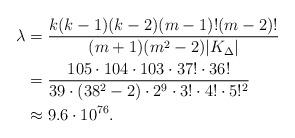
LaTeX: \begin{align*}\lambda&=\frac{k(k-1)(k-2)(m-1)!(m-2)!}{(m+1)(m^2-2) |K_\Delta|}\\&=\frac{105\cdot 104\cdot 103\cdot 37!\cdot 36!}{39\cdot (38^2-2)\cdot 2^9\cdot 3!\cdot 4!\cdot 5!^2}\\&\approx 9.6\cdot 10^{76}.\end{align*}